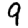
Digit: 9